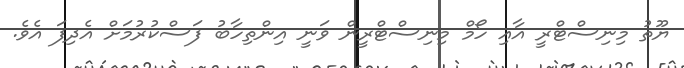
ޔޫތު މިނިސްޓްރީ އާއި ހޯމް މިނިސްޓްރީން ވަނީ އިންތިހާބު ފަސްކުރުމަށް އެދިފަ އެވެ.